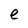
Character: e